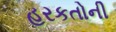
હરકતોની